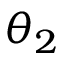
\theta _ { 2 }